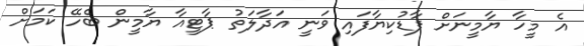
އެ މީހާ ޔާމީނަށް ފާޑުކިޔާފައި ވަނީ އަދާލަތު ޕާޓީއާ ޔާމީން ބެހޭ ކަމަށް